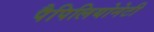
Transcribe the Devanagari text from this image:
पैपिलियोनेटी